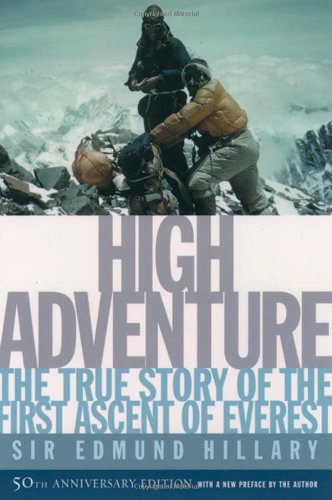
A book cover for High Adventure: The True Story of the First Ascent of Everest; Edmund Hillary; Biographies & Memoirs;